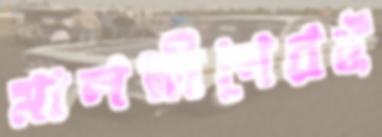
মালদ্বীপেরই